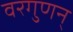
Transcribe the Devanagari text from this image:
वरगुणन्